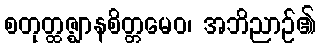
စတုတ္ထဇ္ဈာနစိတ္တမေဝ၊ အဘိညာဉ်၏